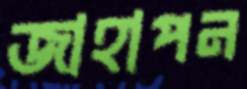
জাহাপন